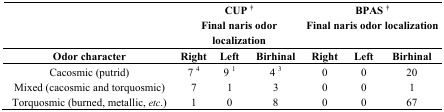
|  | <COLSPAN=3> CUP †Final naris odor localization | <COLSPAN=3> BPAS †Final naris odor localization |
 | Odor character | Right | Left | Birhinal | Right | Left | Birhinal |
 | --- | --- | --- | --- | --- | --- | --- |
 | Cacosmic (putrid) | 7 4 | 9 1 | 4 3 | 0 | 0 | 20 |
 | Mixed (cacosmic and torquosmic) | 7 | 1 | 3 | 0 | 0 | 1 |
 | Torquosmic (burned, metallic,etc.) | 1 | 0 | 8 | 0 | 0 | 67 |